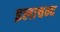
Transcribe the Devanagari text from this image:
इलाचन्द